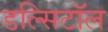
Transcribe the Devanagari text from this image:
डल्सिटॉल